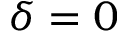
\delta = 0